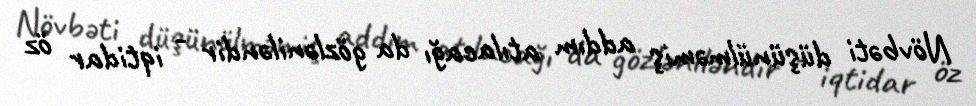
Növbəti düşünülməmiş addım atılacağı da gözləniləndir - iqtidar öz